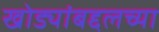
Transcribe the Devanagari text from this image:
खोड्यांबद्दलच्या